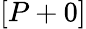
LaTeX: [P+0]